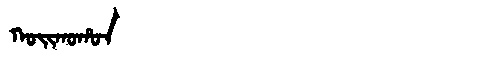
Manchu: ᡴᠣᡳᡴᠣᡥᠣᠨ
Romanization: KOIKOHON